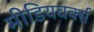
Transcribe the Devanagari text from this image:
मीडियवर्क्स